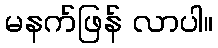
မနက်ဖြန် လာပါ။